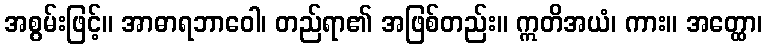
အစွမ်းဖြင့်။ အာဓာရဘာဝေါ၊ တည်ရာ၏ အဖြစ်တည်း။ ဣတိအယံ၊ ကား။ အတ္ထော၊